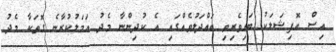
އިސް އޮފިޝަލަކު ބައިވެރިވި ބައްދަލުވެއްގައި އެ ކުދިންނާ މެދު އަމަލުކުރާނެ ގޮތަކާ މެދު